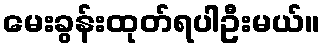
မေးခွန်းထုတ်ရပါဦးမယ်။